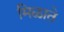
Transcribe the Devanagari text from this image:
मिळाते